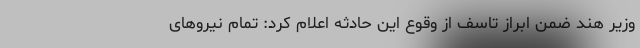
وزیر هند ضمن ابراز تاسف از وقوع این حادثه اعلام کرد: تمام نیروهای